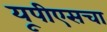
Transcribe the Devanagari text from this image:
यूपीएसचा